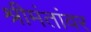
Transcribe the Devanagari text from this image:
श्रीमंतांवर